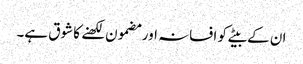
ان کے بیٹے کو افسانہ اور مضمون لکھنے کا شوق ہے۔